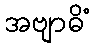
အဗျာဓိံ